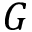
G